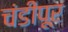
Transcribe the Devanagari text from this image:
चंडीपूर